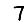
Digit: 7